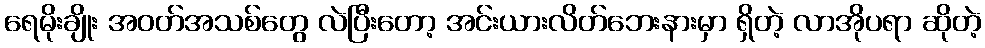
ရေမိုးချိုး အဝတ်အသစ်တွေ လဲပြီးတော့ အင်းယားလိတ်ဘေးနားမှာ ရှိတဲ့ လာအိုပရာ ဆိုတဲ့